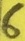
Text: 6